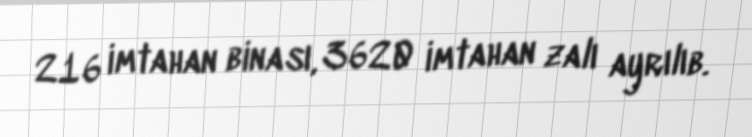
216 imtahan binası, 3620 imtahan zalı ayrılıb.